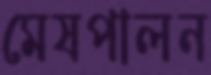
মেষপালন